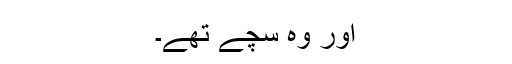
اور وہ سچے تھے۔